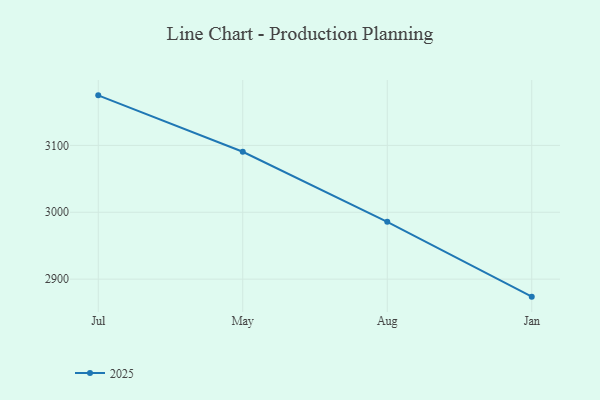
{"axis": {"x": "Month", "y": "Waste Production (Tons)"}, "legend": ["2025"], "data": [{"x": "Jul", "y": 3174.9, "type": "2025"}, {"x": "May", "y": 3090.5, "type": "2025"}, {"x": "Aug", "y": 2985.8, "type": "2025"}, {"x": "Jan", "y": 2873.8, "type": "2025"}]}